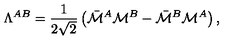
\Lambda ^ { A B } = { \frac { 1 } { 2 \sqrt { 2 } } } \left( \bar { \cal M } ^ { A } { \cal M } ^ { B } - \bar { \cal M } ^ { B } { \cal M } ^ { A } \right) ,